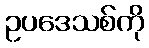
ဥပဒေသစ်ကို